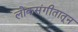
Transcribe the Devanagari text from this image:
लोकसंगीतातून